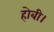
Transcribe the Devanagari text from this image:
होबी।